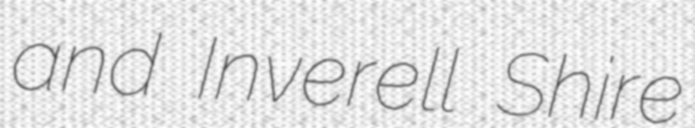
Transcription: and Inverell Shire